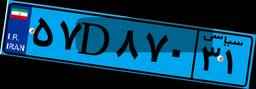
۳۷D۳۴۳۱۲